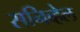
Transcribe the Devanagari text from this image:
सनिव्हेल